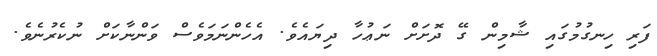
ފަރި ހިނގުމުގައި ޝާމިން ގޭ ދޮށަށް ނަޢުހާ ދިޔައެވެ. އެހެންނަމަވެސް ވަންނާކަށް ނުކެރުނެވެ.